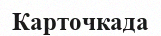
Карточкада